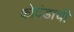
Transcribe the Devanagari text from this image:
कोदंडाची